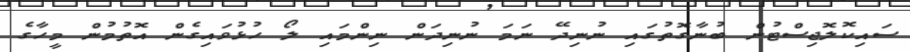
ސައިކޮލޮޖިސްޓުން ބުނާގޮތުގައި ނުނިދޭ ނަމަ ނުނިދަން ނިންމައި ލޯ ހުޅުވައިގެން އޮތުމުން މީހާގެ